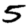
Digit: 5